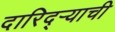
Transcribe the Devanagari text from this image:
दारिद्ऱ्याची